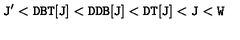
\mathrm { { \tt J ' < D B T [ J ] < D D B [ J ] < D T [ J ] < J < W } }